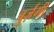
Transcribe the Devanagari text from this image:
बुर्ज़गी